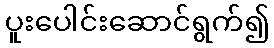
ပူးပေါင်းဆောင်ရွက်၍